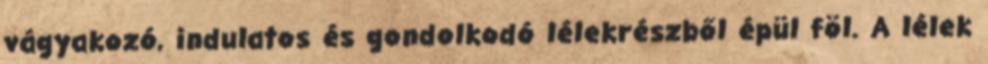
vágyakozó, indulatos és gondolkodó lélekrészből épül föl. A lélek